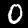
Digit: 0